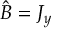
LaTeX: { \hat { B } } = J _ { y }